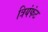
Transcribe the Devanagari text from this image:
त्रियंफंट